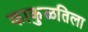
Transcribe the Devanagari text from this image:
काकुळतिला